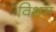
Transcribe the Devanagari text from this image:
विशम